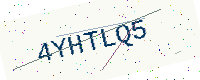
Text: 4YHTLQ5